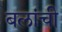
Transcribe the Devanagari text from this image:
बलांची